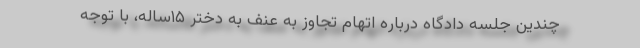
چندین جلسه دادگاه درباره اتهام تجاوز به عنف به دختر ۱۵ساله، با توجه